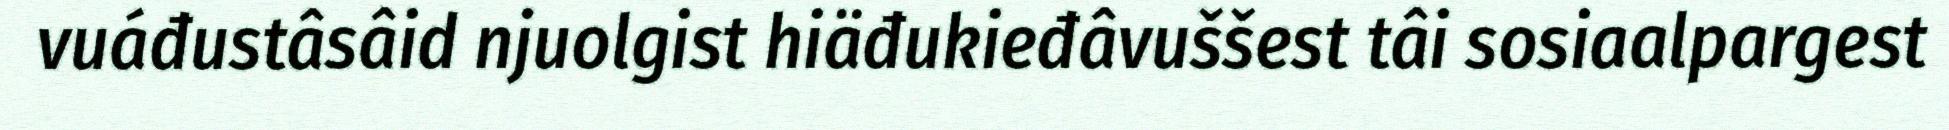
vuáđustâsâid njuolgist hiäđukieđâvuššest tâi sosiaalpargest